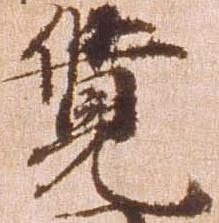
覚